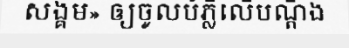
សង្គម» ឲ្យចូលបំភ្លឺលើបណ្តឹង